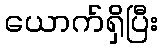
ယောက်ရှိပြီး